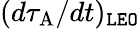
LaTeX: (d\tau_{\mathrm{A}}/dt)_{\tt LEO}